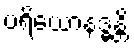
ပရိယောနဒ္ဓန္တိ